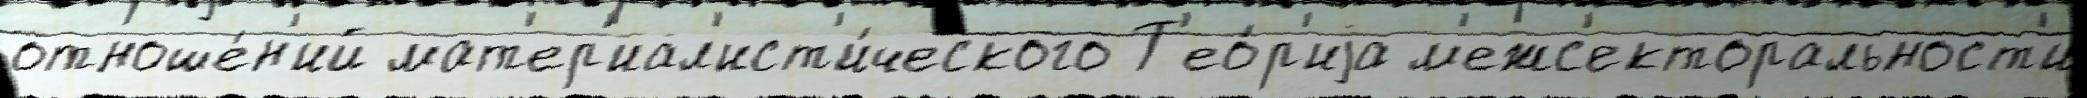
отноше́н'ий мат'ер'иал'ист'и́ческого Т'ео́р'иjа м'ежс'екторальност'и